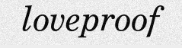
loveproof